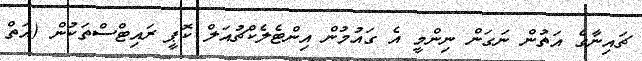
ޗައިނާގެ އަތުން ނަގަން ނިންމީ އެ ގައުމުން އިންޓެލެކްޗުއަލް ކޮޕީ ރައިޓްސްތަކުން (އަތް